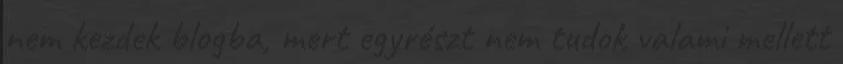
nem kezdek blogba, mert egyrészt nem tudok valami mellett